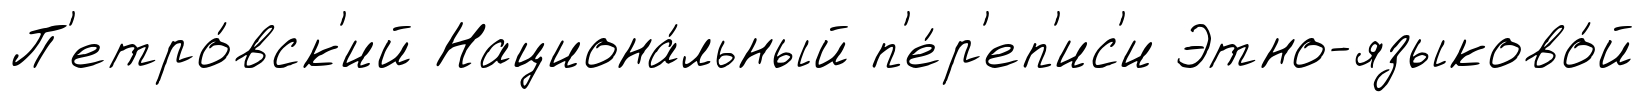
П'етро́вск'ий Национа́льный п'е́р'еп'ис'и Этно-языково́й